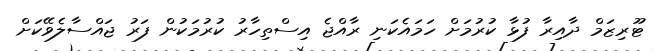
ޓޫރިޒަމް ދާއިރާ ފުޅާ ކުރުމަށް ހަމައެކަނި ރާއްޖެ އިސްތިހާރު ކުރުމަކުން ފަރު ޖައްސާލެވޭކަށް